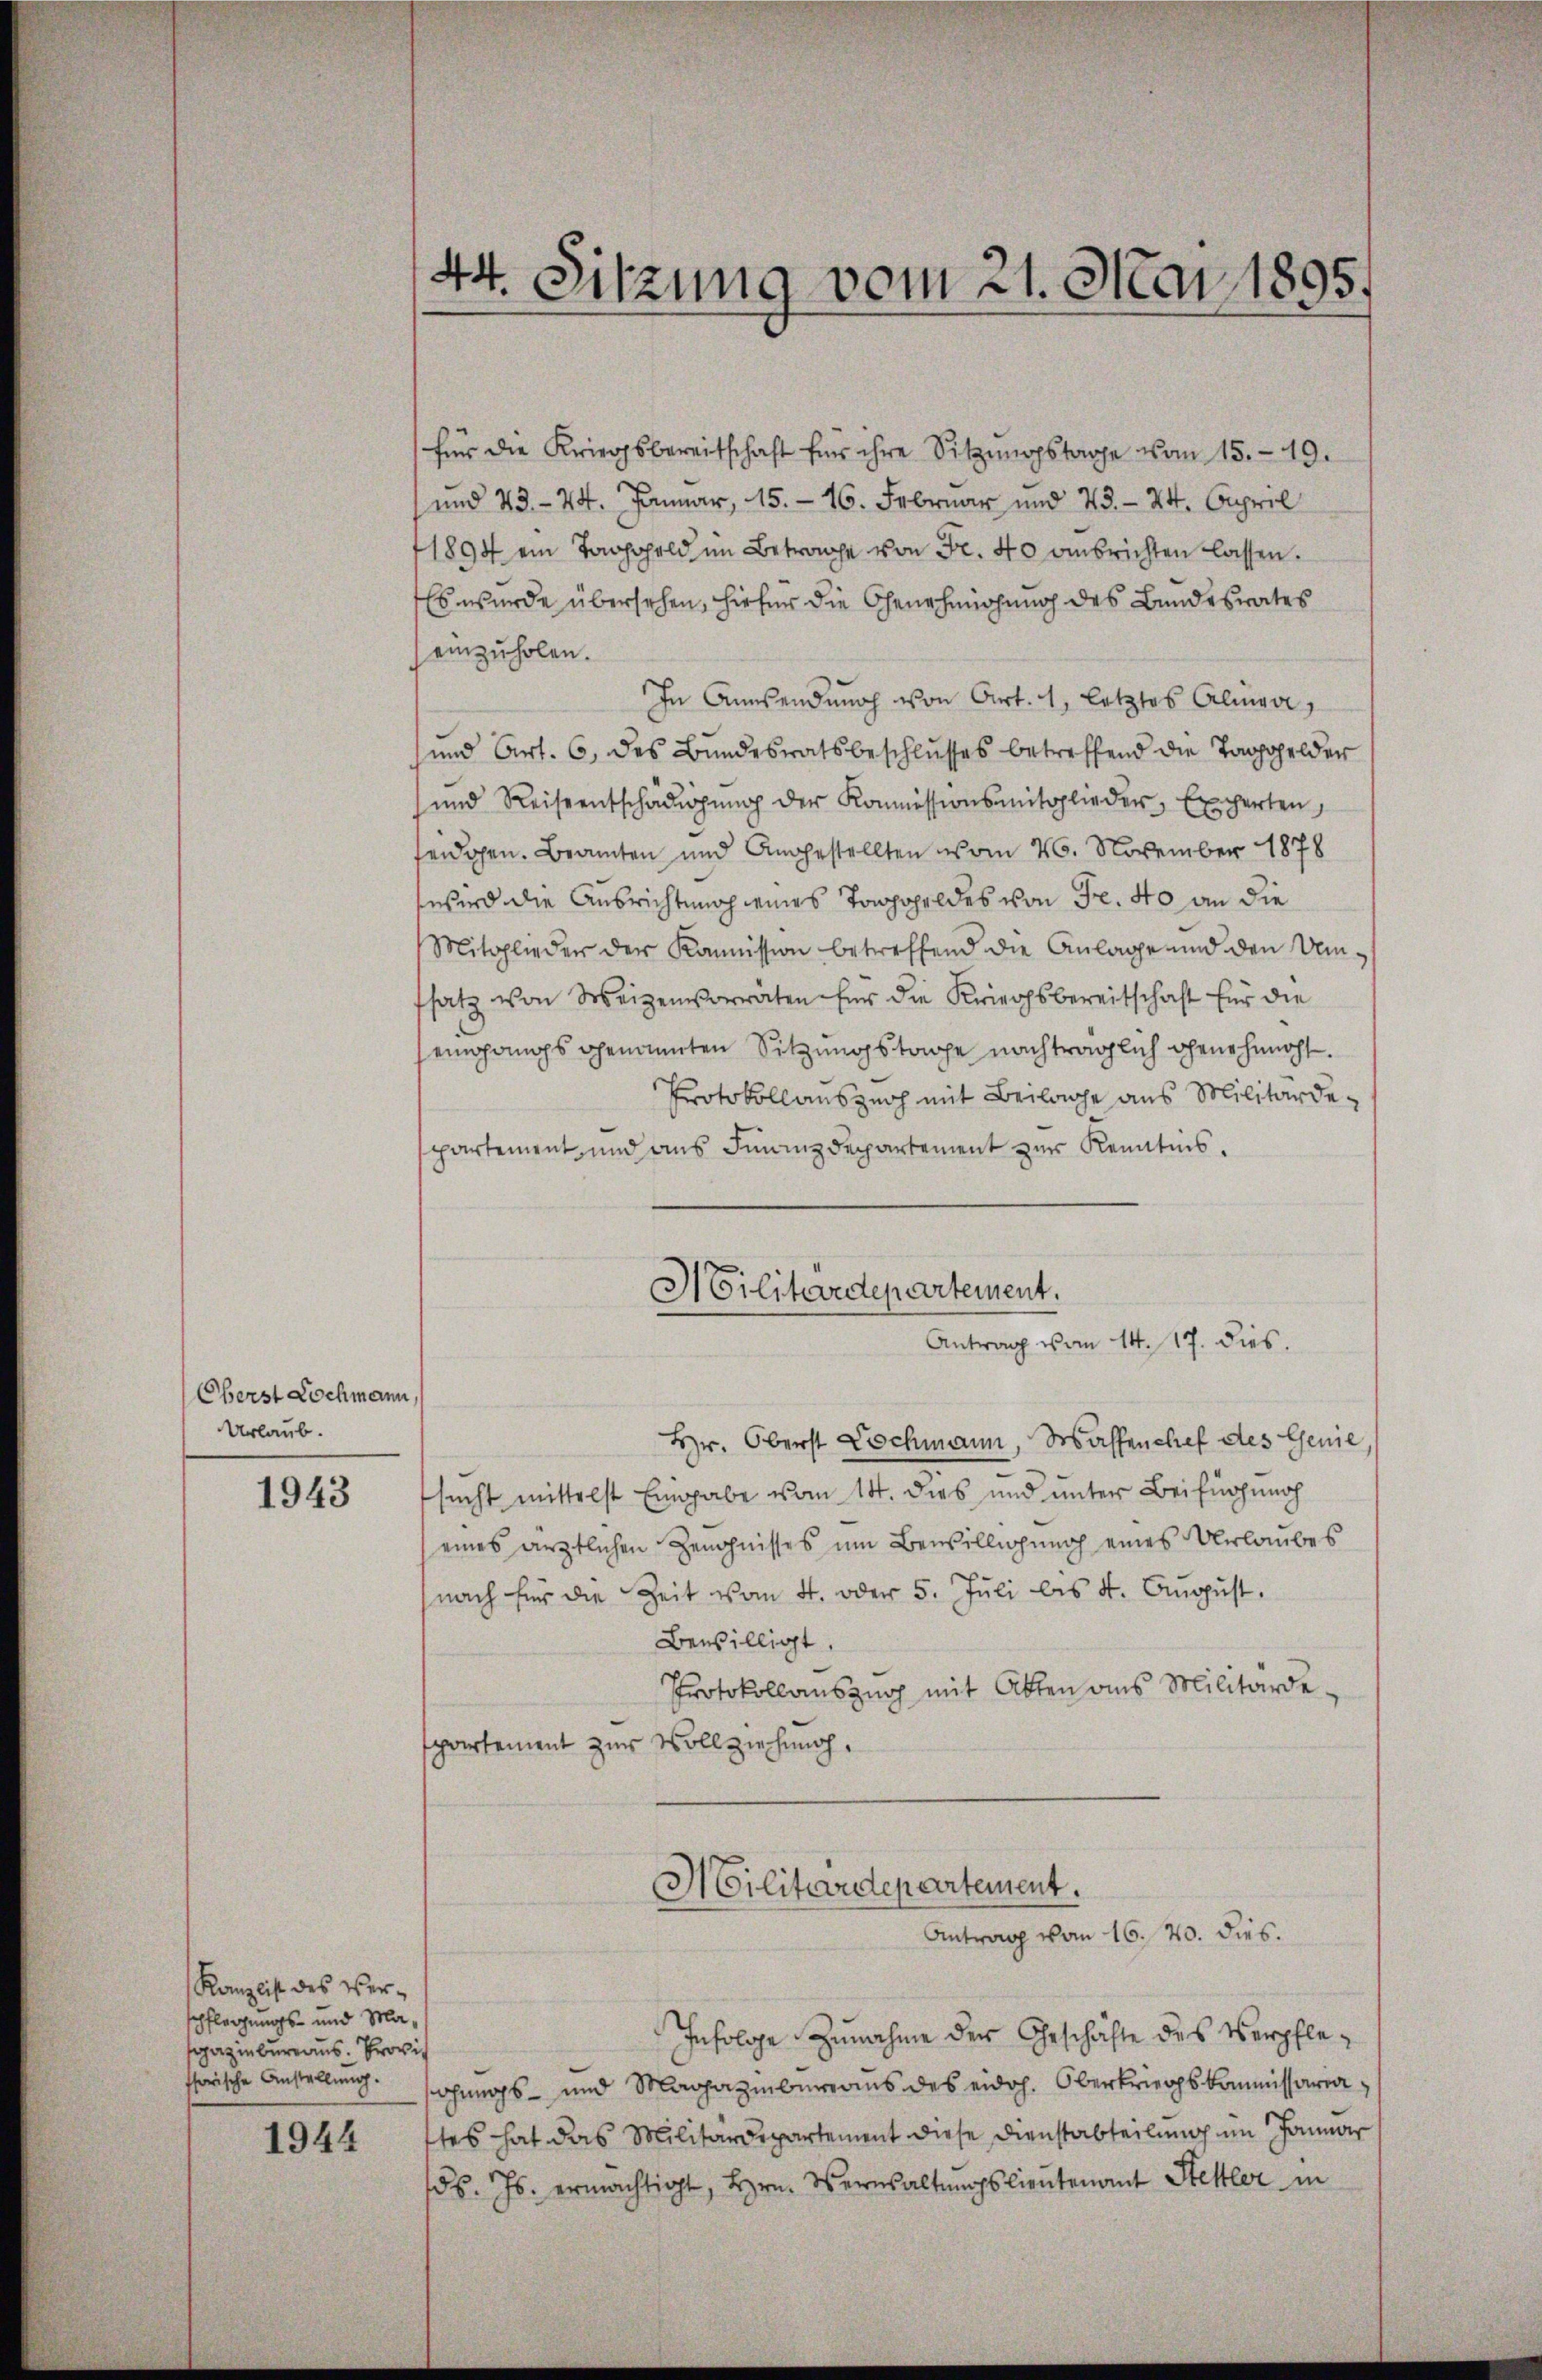
Oberst Lochmann,
Urlaub.

1943

Kanzlist des Verschflegungs- und Maazinbureaus. Provi
ssorische Anstellung.

1944

44. Sitzung vom 21. Mai 1895.

für die Kriegsbereitschaft für ihre Sitzŭngstage vom 15. 19.
und 23. 24. Januar, 15. 16. Februar und 23. 24. April
1894 ein Taggeld im Betrage von Fr. 40 ausrichten lassen.
Es wurde übersehen, hiefür die Genehmigung des Bundesrates
einzuholen.
In Ansendung von Art. 1, letztes Almen,
und Art. 6, des Bundesratsbeschlŭsses betreffend die Taggelder
ŭnd Reiseentschädigŭng der Kommissionsmitglieder, Experten,
seidgen. Beamten und Angestellten vom 26. November 1878
wird die Ausrichtung eines Topoheldes von Fr. 40 an die
Mitglieder der Komission betreffend die Anlage und den Umfsatz von Weigenvorraten für die Kriegsbereitschaft für die
emgangs genannten Sitzungstage nachträglich genehmigt.
Protokollauszeich mit Beilage aus Militärdepartement, und aus Finanzdepartement zur Kenntnis.
Hr. Oberst Lochmann, Waffenchef des Genie,
sucht mittelst Eingabe vom 14. dies und unter Beifügenoh
eines ärztlichen Zeugnisses um Bewilligung eines Urlaubes
nach für die Zeit vom 4. oder 5. Juli bis 4. August.
Bewilligt.
Protokollauszug mit Akten aus Militärdepartement zur Vollziehung,
Militärdepartement.
Antrag vom 16. 20. dies.
Infolge Zunahme der Geschäfte des Verpfleschungs- und Magazinberaus des eidoh. Oberkriegskommissaria
tes hat das Militärdepartement diese Dienstabteilung im Januar
d. Js. ermächtigt, Hrn. Wernsaltungs lieutenant Stettler in

Militärdepartement.
Antrag vom 14. 17. dies.